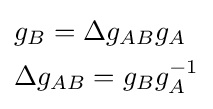
{\begin{aligned}&g_{B}=\Delta g_{AB}g_{A}\\&\Delta g_{AB}=g_{B}g_{A}^{-1}\end{aligned}}